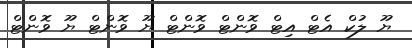
ޔޫ ލުކް އެޓް އިޓް ވޮންޓް ވޮންޓް ޔޫ ވޮންޓް ޔޫ ވޮންޓް